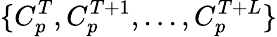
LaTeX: \{ C_{p}^{T},C_{p}^{T+1},...,C_{p}^{T+L}\}